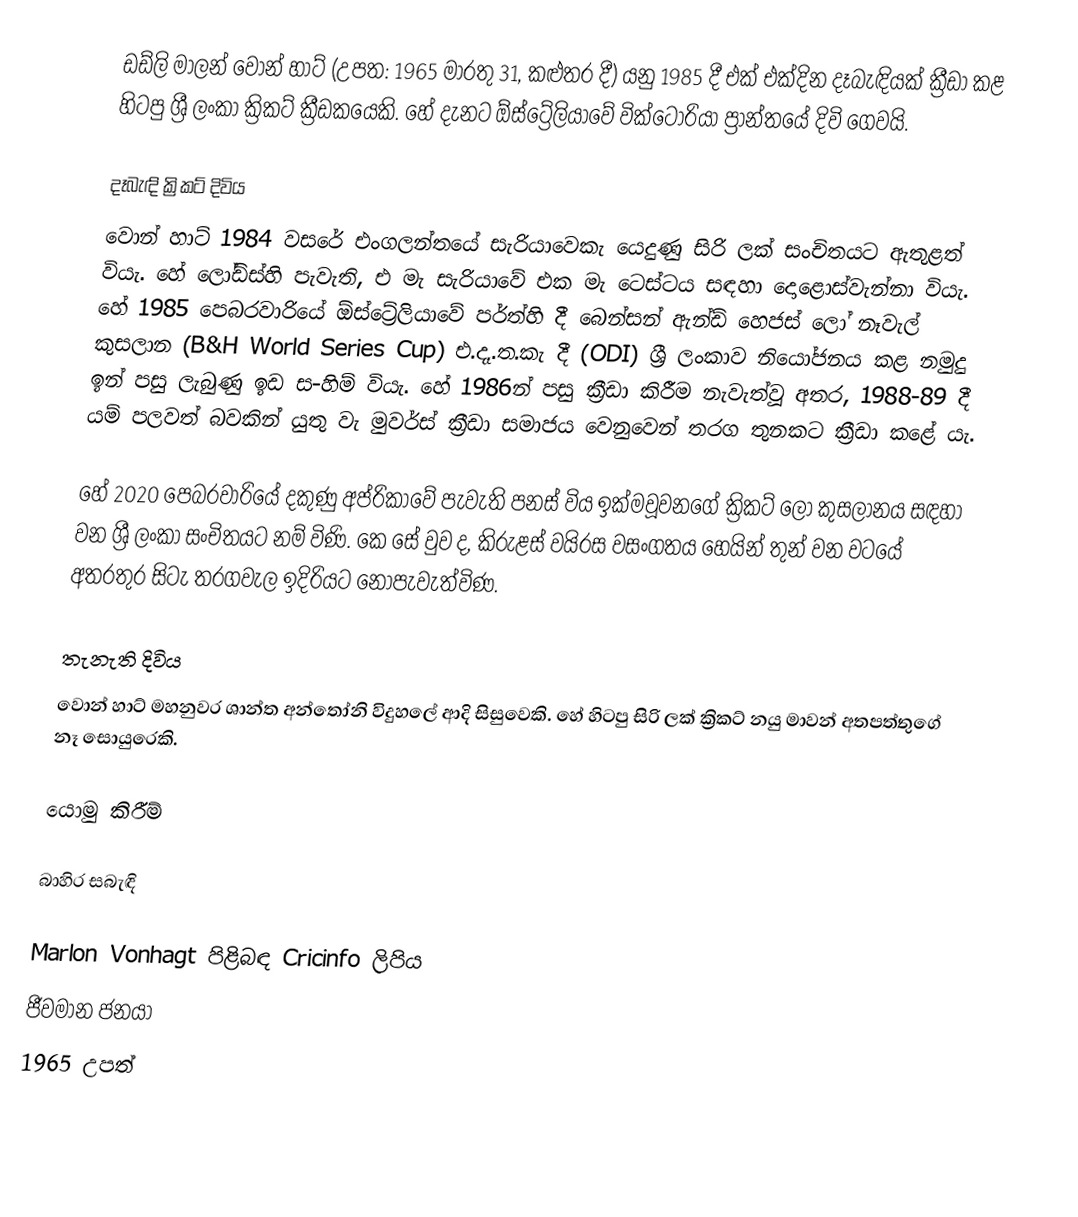
ඩඩ්ලි මාලන් වොන් හාට් (උපත: 1965 මාරතු 31, කළුතර දී) යනු 1985 දී එක් එක්දින දෑබැඳියක් ක්‍රීඩා කළ හිටපු ශ්‍රී ලංකා ක්‍රිකට් ක්‍රීඩකයෙකි. හේ දැනට ඕස්ට්‍රේලියාවේ වික්ටෝරියා ප්‍රාන්තයේ දිවි ගෙවයි.

දෑබැඳි ක්‍රිකට් දිවිය
වොන් හාට් 1984 වසරේ එංගලන්තයේ සැරියාවෙකැ යෙදුණු සිරි ලක් සංචිතයට ඇතුළත් වියැ. හේ ලෝඩ්ස්හි පැවැති, එ මැ සැරියාවේ එක මැ ටෙස්ටය සඳහා දොළොස්වැන්නා වියැ. හේ 1985 පෙබරවාරියේ ඕස්ට්‍රේලියාවේ පර්ත්හි දී බෙන්සන් ඇන්ඩ් හෙජස් ලෝ නෑවැල් කුසලාන (B&H World Series Cup) එ.දෑ.ත.කැ දී (ODI) ශ්‍රී ලංකාව නියෝජනය කළ නමුදු ඉන් පසු ලැබුණු ඉඩ ස-හිම් වියැ. හේ 1986න් පසු ක්‍රීඩා කිරීම නැවැත්වූ අතර, 1988-89 දී යම් පලවත් බවකින් යුතු වැ මුවර්ස් ක්‍රීඩා සමාජය වෙනුවෙන් තරග තුනකට ක්‍රීඩා කළේ යැ.

හේ 2020 පෙබරවාරියේ දකුණු අප්රිකාවේ පැවැති පනස් විය ඉක්මවූවනගේ ක්‍රිකට් ලෝ කුසලානය සඳහා වන ශ්‍රී ලංකා සංචිතයට නම් විණි. කෙ සේ වුව ද, කිරුළස් වයිරස වසංගතය හෙයින් තුන් වන වටයේ අතරතුර සිටැ තරගවැල ඉදිරියට නොපැවැත්විණ.

තැනැති දිවිය
වොන් හාට් මහනුවර ශාන්ත අන්තෝනි විදුහලේ ආදි සිසුවෙකි. හේ හිටපු සිරි ලක් ක්‍රිකට් නයු මාවන් අතපත්තුගේ නෑ සොයුරෙකි.

යොමු කිරීම්

බාහිර සබැඳි

 Marlon Vonhagt පිළිබඳ Cricinfo ලිපිය
ජීවමාන ජනයා
1965 උපත්